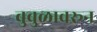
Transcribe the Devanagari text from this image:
बुबुळावरून